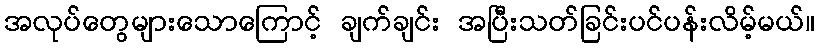
အလုပ်တွေများသောကြောင့် ချက်ချင်း အပြီးသတ်ခြင်းပင်ပန်းလိမ့်မယ်။